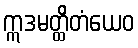
ဣဒမတ္ထိတံယေဝ